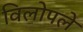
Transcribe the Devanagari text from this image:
विलोपले